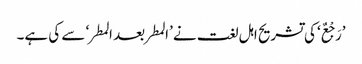
’رَجْعٌ‘ کی تشریح اہل لغت نے ’المطر بعد المطر‘ سے کی ہے۔